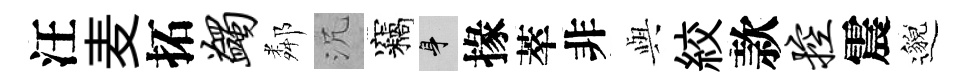
汪麦拓蠲鄰沉竊身掾萃非𫤰絞款控震邈